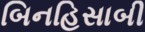
બિનહિસાબી